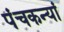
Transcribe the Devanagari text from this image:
पंचकन्यां